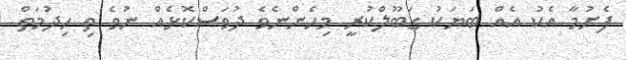
ފެށުމާ އެކު އެއް ބަޔަކު ގަބޫލްކުރީ މިހެންނެވެ ދުވަސްކޮޅެއް ނުވެ ތި ހިދުމަތް